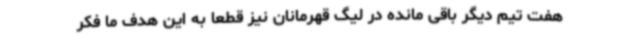
هفت تیم دیگر باقی مانده در لیگ قهرمانان نیز قطعا به این هدف ما فکر